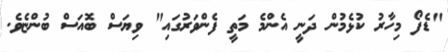
"ޑެފޯ މިހާރު ކުޅެމުން ދަނީ އެންމެ މަތީ ފެންވަރުގައި" ވިޔަސް ބޮއަސް ބުންޏެވެ.